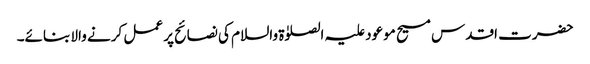
حضرت اقدس مسیح موعود علیہ الصلوٰۃ والسلام کی نصائح پر عمل کرنے والا بنائے۔